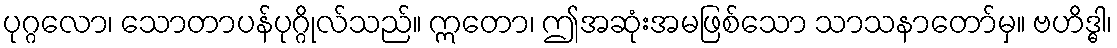
ပုဂ္ဂလော၊ သောတာပန်ပုဂ္ဂိုလ်သည်။ ဣတော၊ ဤအဆုံးအမဖြစ်သော သာသနာတော်မှ။ ဗဟိဒ္ဓါ၊